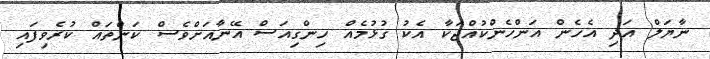
ނާޔަލް އަދި އެހެން އަންހެންކުއްޖަކާ އެކު ގުޅުމެއް ހިންގިއަސް އޭނާއަށްވެސް ކަންތައް ކުރެވިފައި